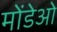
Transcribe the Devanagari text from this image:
मोंडेओ